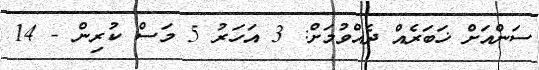
ސަންއަށް ޚަބަރެއް ދެއްވުމަށް: 3 އަހަރު 5 މަސް ކުރިން - 14